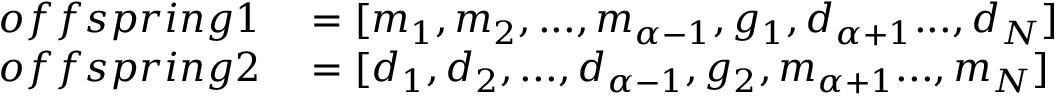
\begin{array} { r l } { o f f s p r i n g 1 } & { { } = [ m _ { 1 } , m _ { 2 } , . . . , m _ { \alpha - 1 } , g _ { 1 } , d _ { \alpha + 1 } . . . , d _ { N } ] } \\ { o f f s p r i n g 2 } & { { } = [ d _ { 1 } , d _ { 2 } , . . . , d _ { \alpha - 1 } , g _ { 2 } , m _ { \alpha + 1 } . . . , m _ { N } ] } \end{array}